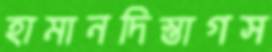
হামানদিস্তাগস